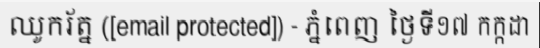
ឈូករ័ត្ន ([email protected]) - ភ្នំពេញ ថ្ងៃទី១៧ កក្កដា